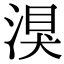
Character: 湨